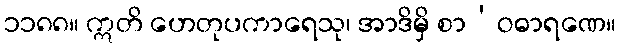
၁၁၈၈။ ဣတိ ဟေတုပကာရေသု၊ အာဒိမှိ စာ’ဝဓာရဏေ။